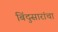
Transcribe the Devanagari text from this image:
बिंदुसारांचा